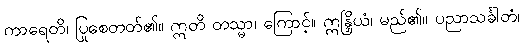
ကာရေတိ၊ ပြုစေတတ်၏။ ဣတိ တသ္မာ၊ ကြောင့်။ ဣန္ဒြိယံ၊ မည်၏။ ပညာသင်္ခါတံ၊